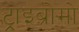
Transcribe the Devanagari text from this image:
ट्राइब्रोमो